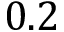
0 . 2